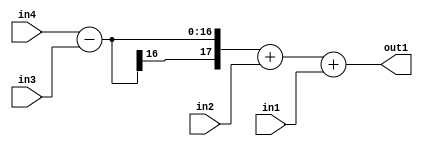
`timescale 1ps / 1ps
/*****************************************************************************
    Verilog RTL Description
    
    
    Created by: Stratus DpOpt 2019.1.01 
*******************************************************************************/

module st_weight_addr_gen_Add3u8u8Subu16u16_4_6 (
	in4,
	in3,
	in2,
	in1,
	out1
	); /* architecture "behavioural" */ 
input [15:0] in4,
	in3;
input [7:0] in2,
	in1;
output [17:0] out1;
wire [17:0] asc001;

wire [17:0] asc001_tmp_0;
wire [17:0] asc001_tmp_1;
assign asc001_tmp_1 = 
	+(in4)
	-(in3);
assign asc001_tmp_0 = asc001_tmp_1
	+(in2);
assign asc001 = asc001_tmp_0
	+(in1);

assign out1 = asc001;
endmodule

/* CADENCE  v7D2SAw= : u9/ySgnWtBlWxVPRXgAZ4Og= ** DO NOT EDIT THIS LINE ******/